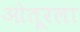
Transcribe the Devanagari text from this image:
ओतूरला